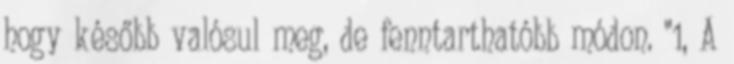
hogy később valósul meg, de fenntarthatóbb módon. "1, A